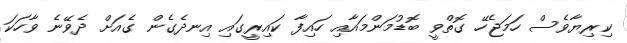
ކިރިޔާވެސް ހަމަޖެހޭ ގޮތްވީ ބޮޑުމަންމައާއި ހައިފާ ކައިރީގައި އިނދެގެން ގެއަށް ދެވޭނެ ވާހަކަ